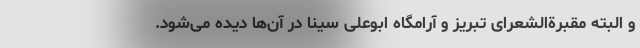
و البته مقبرةالشعرای تبریز و آرامگاه ابوعلی سینا در آن‌ها دیده می‌شود.